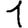
Digit: 1